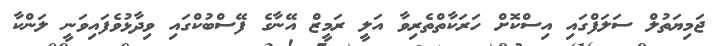
ޖަމިޔަތުލް ސަލަފްގައި އިސްކޮށް ހަރަކާތްތެރިވާ އަލީ ރަމީޒް އޭނާގެ ފޭސްބުކްގައި ވިދާޅުވެފައިވަނީ ލަންކާ